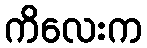
ကိလေးက